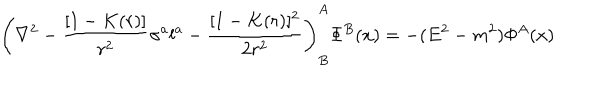
LaTeX: \left( \nabla ^ { 2 } - { \frac { [ 1 - K ( r ) ] } { r ^ { 2 } } } \sigma ^ { a } l ^ { a } - { \frac { [ 1 - K ( r ) ] ^ { 2 } } { 2 r ^ { 2 } } } \right) _ { B } ^ { A } \Phi ^ { B } ( x ) = - ( E ^ { 2 } - m ^ { 2 } ) \Phi ^ { A } ( x )